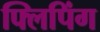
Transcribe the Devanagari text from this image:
फ्लिपिंग